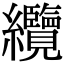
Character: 纜